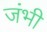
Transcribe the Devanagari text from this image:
जंभी